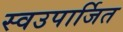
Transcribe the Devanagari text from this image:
स्वउपार्जित